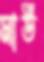
মাউ